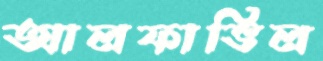
আলফাভিল